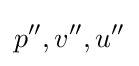
p'',v'',u''